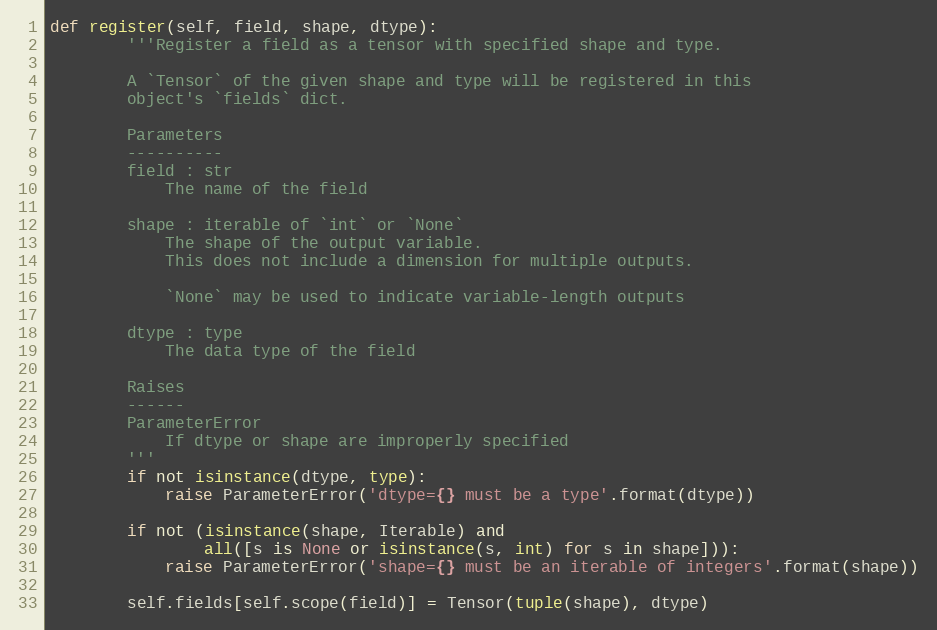
Language: Python
def register(self, field, shape, dtype):
        '''Register a field as a tensor with specified shape and type.

        A `Tensor` of the given shape and type will be registered in this
        object's `fields` dict.

        Parameters
        ----------
        field : str
            The name of the field

        shape : iterable of `int` or `None`
            The shape of the output variable.
            This does not include a dimension for multiple outputs.

            `None` may be used to indicate variable-length outputs

        dtype : type
            The data type of the field

        Raises
        ------
        ParameterError
            If dtype or shape are improperly specified
        '''
        if not isinstance(dtype, type):
            raise ParameterError('dtype={} must be a type'.format(dtype))

        if not (isinstance(shape, Iterable) and
                all([s is None or isinstance(s, int) for s in shape])):
            raise ParameterError('shape={} must be an iterable of integers'.format(shape))

        self.fields[self.scope(field)] = Tensor(tuple(shape), dtype)